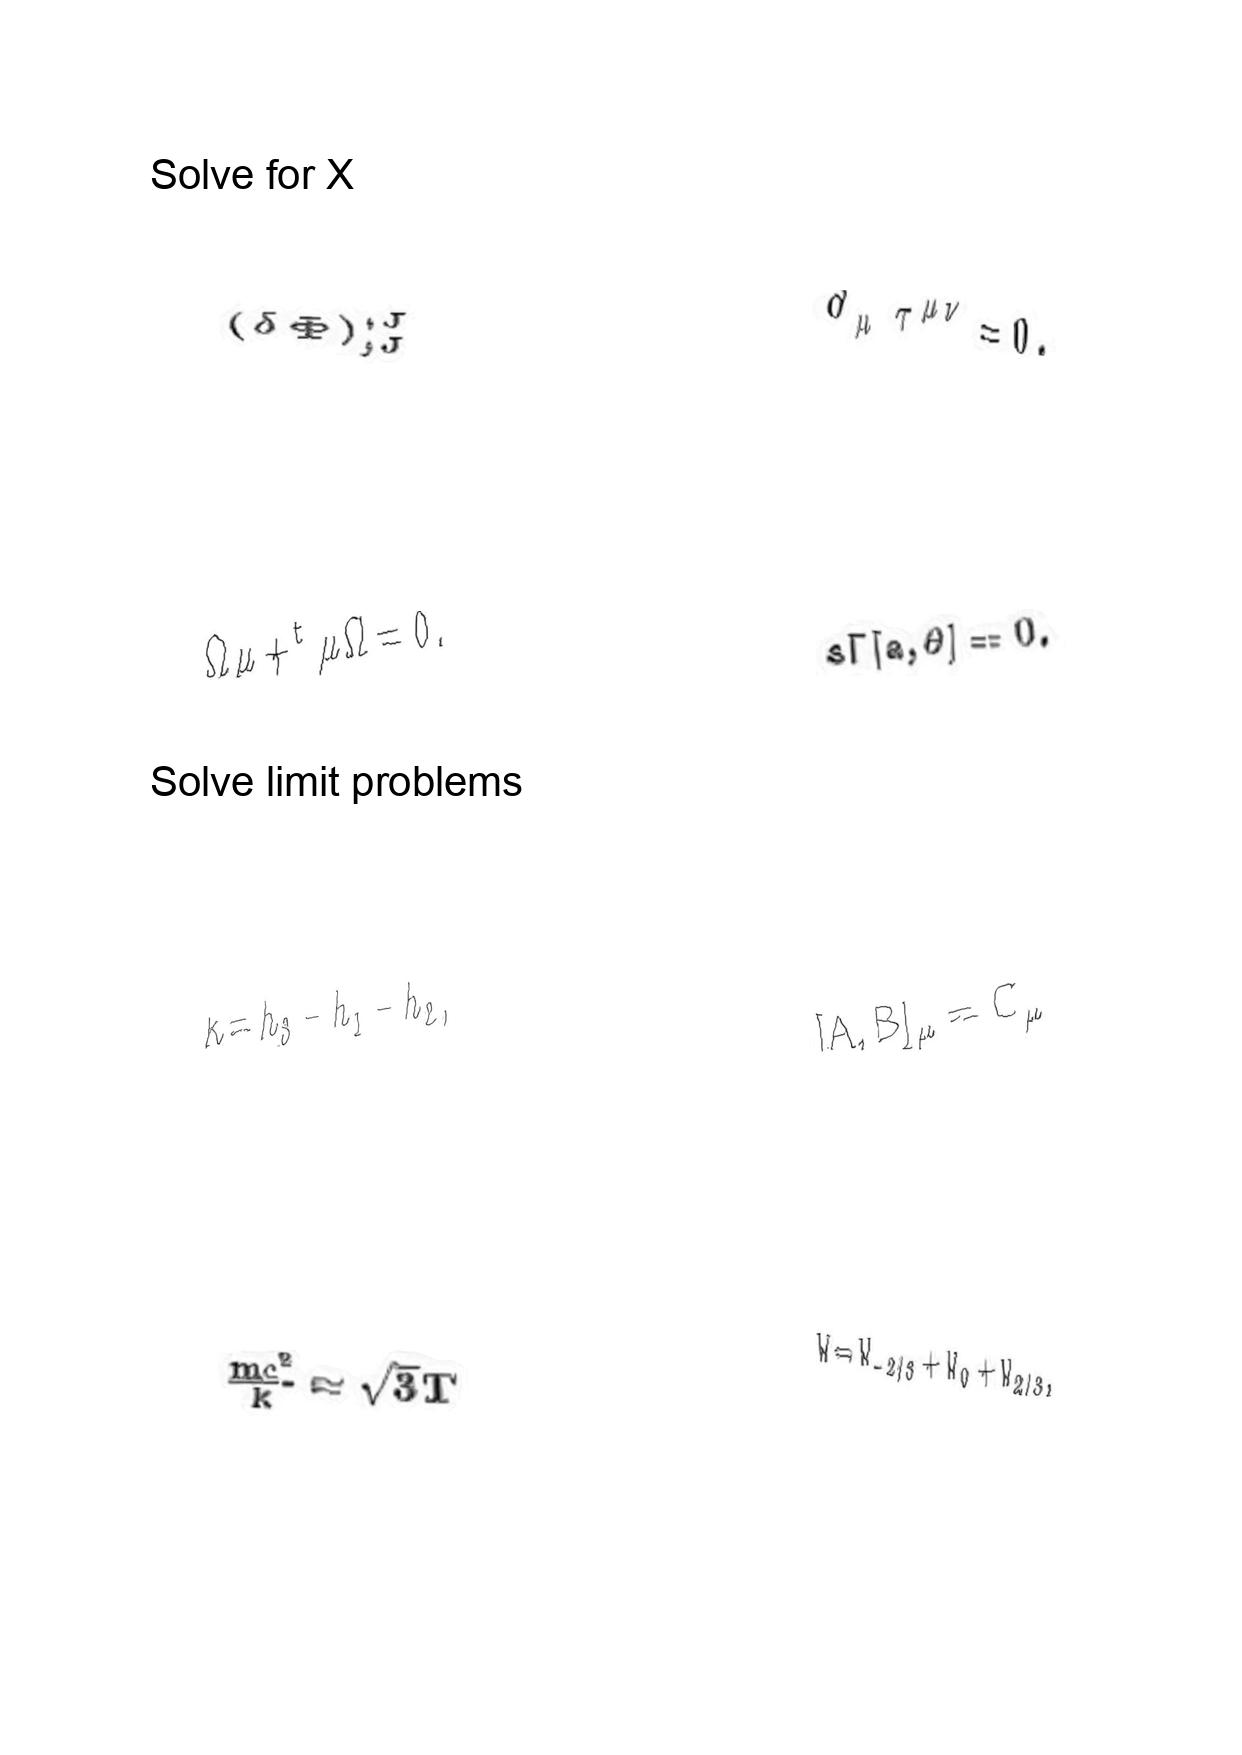
LaTeX transcription:
\lparen \delta \Phi \rparen _ { ; J } ^ { ; J }
\Omega \mu + ^ { t } \mu \Omega = 0 .
\kappa = h _ { 3 } - h _ { 1 } - h _ { 2 } ,
\frac { m c ^ { 2 } } { k } \approx \sqrt { 3 } T
\partial _ { \mu } \tau ^ { \mu \nu } = 0 .
s \Gamma \lbrack a , \theta \rbrack = 0 .
\lbrack A , B \rbrack _ { \mu } = C _ { \mu }
W = W _ { - 2 / 3 } + W _ { 0 } + W _ { 2 / 3 } ,